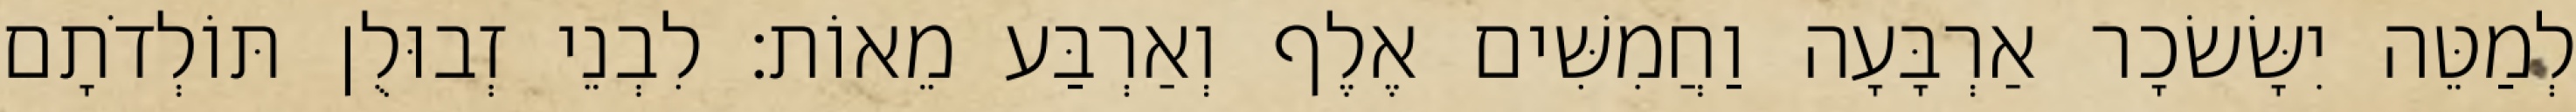
לְמַטֵּה יִשָּׂשׂכָר אַרְבָּעָה וַחֲמִשִּׁים אֶלֶף וְאַרְבַּע מֵאוֹת׃ לִבְנֵי זְבוּלֻן תּוֹלְדֹתָם